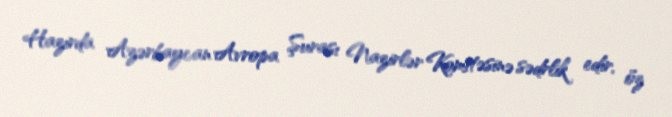
Hazırda Azərbaycan Avropa Şurası Nazirlər Komitəsinə sədrlik edir, öz